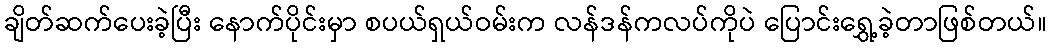
ချိတ်ဆက်ပေးခဲ့ပြီး နောက်ပိုင်းမှာ စပယ်ရှယ်ဝမ်းက လန်ဒန်ကလပ်ကိုပဲ ပြောင်းရွှေ့ခဲ့တာဖြစ်တယ်။